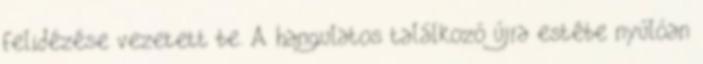
felidézése vezetett be. A hangulatos találkozó újra estébe nyúlóan